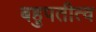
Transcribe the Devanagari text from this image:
बहुपतीत्व